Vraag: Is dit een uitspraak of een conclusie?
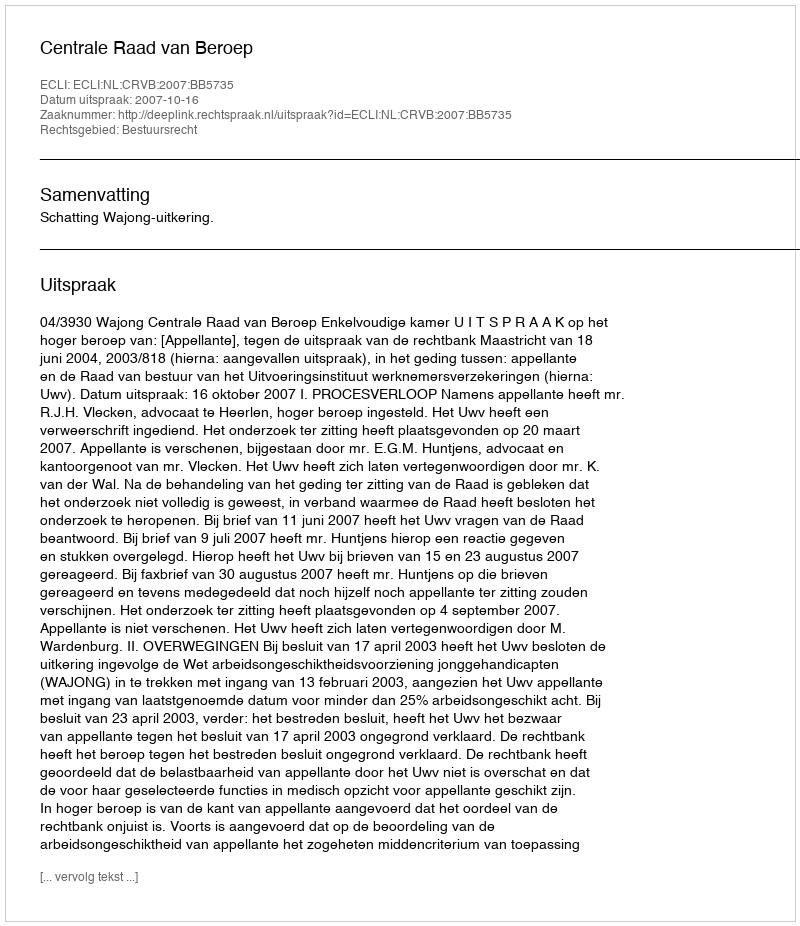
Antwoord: Uitspraak